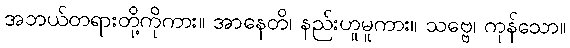
အဘယ်တရားတို့ကိုကား။ အာနေတိ၊ နည်းဟူမူကား။ သဗ္ဗေ၊ ကုန်သော။